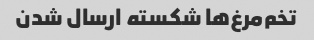
تخم‌مرغ‌ها شکسته ارسال شدن